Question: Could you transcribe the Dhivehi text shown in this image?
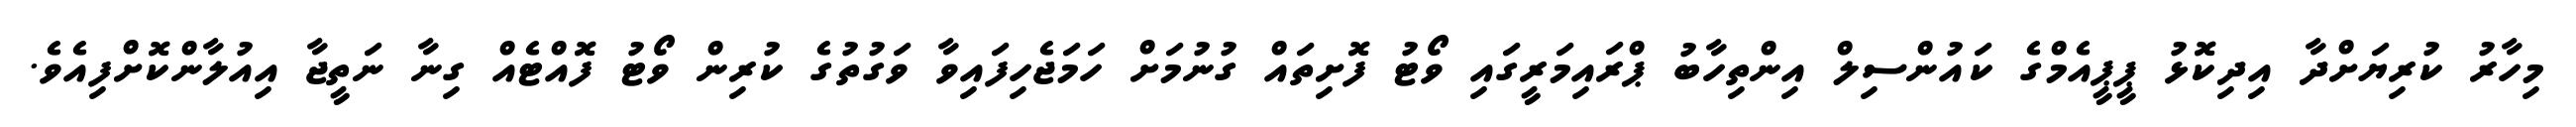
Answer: މިހާރު ކުރިޔަށްދާ އިދިކޮޅު ޕީޕީއެމްގެ ކައުންސިލް އިންތިހާބު ޕްރައިމަރީގައި ވޯޓު ފޮށިތައް ގުނުމަށް ހަމަޖެހިފައިވާ ވަގުތުގެ ކުރިން ވޯޓު ފޮއްޓެއް ގިނާ ނަތީޖާ އިއުލާންކޮށްފިއެވެ.